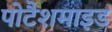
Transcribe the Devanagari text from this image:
पोटैशमाइड